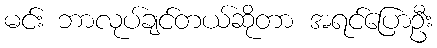
မင်း ဘာလုပ်ချင်တယ်ဆိုတာ အရင်ပြောဦး